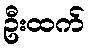
ဦးထက်